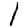
Digit: 1